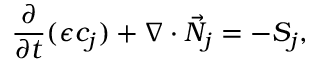
\frac { \partial } { \partial t } ( \epsilon c _ { j } ) + \nabla \cdot \vec { N } _ { j } = - S _ { j } ,